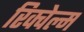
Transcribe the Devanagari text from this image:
रिक्वेल्म